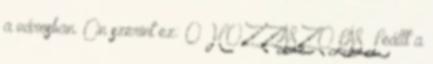
a városban. Ön szerint ez: 0 HOZZÁSZÓLÁS Leállt a